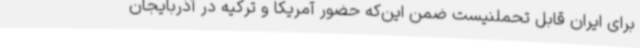
برای ایران قابل تحملنیست ضمن این‌که حضور آمریکا و ترکیه در آذربایجان